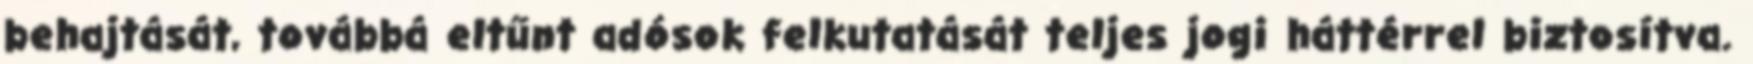
behajtását, továbbá eltűnt adósok felkutatását teljes jogi háttérrel biztosítva.